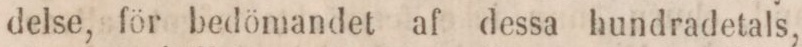
delse, för bedömandet af dessa hundradetals,